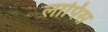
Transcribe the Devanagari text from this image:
लापिस